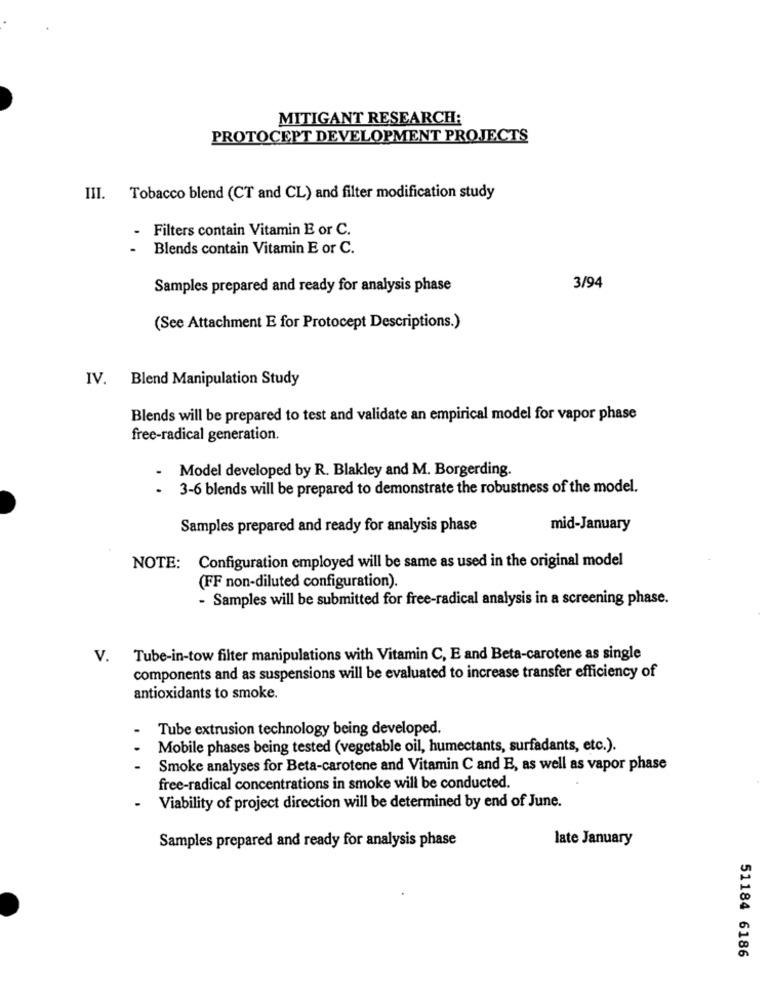
MITIGANT RESEARCH:
PROTOCEPT DEVELOPMENT PROJECTS
III. Tobacco blend (CT and CL) and filter modification study
- Filters contain Vitamin E or C.
Blends contain Vitamin E or C.
Samples prepared and ready for analysis phase
3/94
(See Attachment E for Protocept Descriptions.)
IV. Blend Manipulation Study
Blends will be prepared to test and validate an empirical model for vapor phase
free-radical generation.
Model developed by R. Blakley and M. Borgerding.
.
3-6 blends will be prepared to demonstrate the robustness of the model.
Samples prepared and ready for analysis phase
mid-January
NOTE: Configuration employed will be same as used in the original model
(FF non-diluted configuration).
- Samples will be submitted for free-radical analysis in a screening phase.
V. Tube-in-tow filter manipulations with Vitamin C, E and Beta-carotene as single
components and as suspensions will be evaluated to increase transfer efficiency of
antioxidants to smoke.
Tube extrusion technology being developed.
Mobile phases being tested (vegetable oil, humectants, surfadants, etc.).
Smoke analyses for Beta-carotene and Vitamin C and E, as well as vapor phase
free-radical concentrations in smoke will be conducted.
- Viability of project direction will be determined by end of June.
Samples prepared and ready for analysis phase
late January
51184 6186